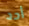
أحد